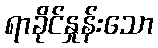
ရာခိုင်နှုန်းသော